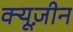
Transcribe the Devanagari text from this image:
क्यूज़ीन